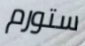
ستورم